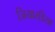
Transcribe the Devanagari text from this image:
जियारडिया